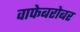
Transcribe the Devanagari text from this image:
वाफेबरोबर